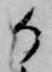
か